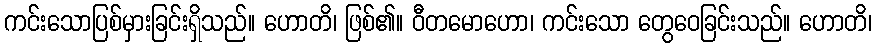
ကင်းသောပြစ်မှားခြင်းရှိသည်။ ဟောတိ၊ ဖြစ်၏။ ဝီတမောဟော၊ ကင်းသော တွေဝေခြင်းသည်။ ဟောတိ၊